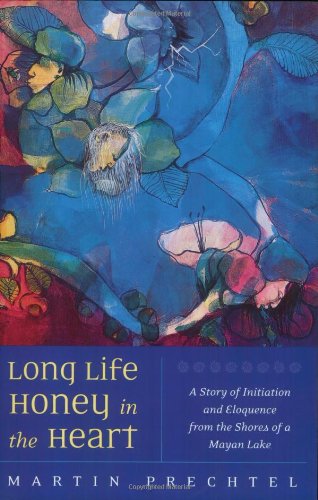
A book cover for Long Life, Honey in the Heart; MartÃ­n Prechtel; Literature & Fiction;